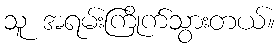
သူ အရမ်းကြိုက်သွားတယ်။